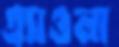
এ্যাওলা